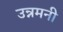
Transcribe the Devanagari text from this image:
उन्नमनी